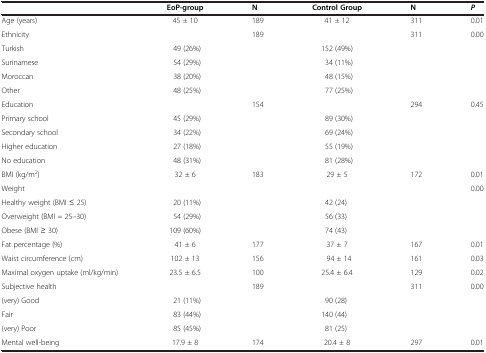
<table><thead><tr><td><b> </b></td><td><b>EoP-group</b></td><td><b>N</b></td><td><b>Control Group</b></td><td><b>N</b></td><td><b><i>P</i></b></td></tr></thead><tbody><tr><td>Age (years)</td><td>45 ± 10</td><td>189</td><td>41 ± 12</td><td>311</td><td>0.01</td></tr><tr><td>Ethnicity</td><td> </td><td>189</td><td> </td><td>311</td><td>0.00</td></tr><tr><td>Turkish</td><td>49 (26%)</td><td> </td><td>152 (49%)</td><td> </td><td> </td></tr><tr><td>Surinamese</td><td>54 (29%)</td><td> </td><td>34 (11%)</td><td> </td><td> </td></tr><tr><td>Moroccan</td><td>38 (20%)</td><td> </td><td>48 (15%)</td><td> </td><td> </td></tr><tr><td>Other</td><td>48 (25%)</td><td> </td><td>77 (25%)</td><td> </td><td> </td></tr><tr><td>Education</td><td> </td><td>154</td><td> </td><td>294</td><td>0.45</td></tr><tr><td>Primary school</td><td>45 (29%)</td><td> </td><td>89 (30%)</td><td> </td><td> </td></tr><tr><td>Secondary school</td><td>34 (22%)</td><td> </td><td>69 (24%)</td><td> </td><td> </td></tr><tr><td>Higher education</td><td>27 (18%)</td><td> </td><td>55 (19%)</td><td> </td><td> </td></tr><tr><td>No education</td><td>48 (31%)</td><td> </td><td>81 (28%)</td><td> </td><td> </td></tr><tr><td>BMI (kg/m<sup>2</sup>)</td><td>32 ± 6</td><td>183</td><td>29 ± 5</td><td>172</td><td>0.01</td></tr><tr><td>Weight</td><td> </td><td> </td><td> </td><td> </td><td>0.00</td></tr><tr><td>Healthy weight (BMI ≤ 25)</td><td>20 (11%)</td><td> </td><td>42 (24)</td><td> </td><td> </td></tr><tr><td>Overweight (BMI = 25–30)</td><td>54 (29%)</td><td> </td><td>56 (33)</td><td> </td><td> </td></tr><tr><td>Obese (BMI ≥ 30)</td><td>109 (60%)</td><td> </td><td>74 (43)</td><td> </td><td> </td></tr><tr><td>Fat percentage (%)</td><td>41 ± 6</td><td>177</td><td>37 ± 7</td><td>167</td><td>0.01</td></tr><tr><td>Waist circumference (cm)</td><td>102 ± 13</td><td>156</td><td>94 ± 14</td><td>161</td><td>0.03</td></tr><tr><td>Maximal oxygen uptake (ml/kg/min)</td><td>23.5 ± 6.5</td><td>100</td><td>25.4 ± 6.4</td><td>129</td><td>0.02</td></tr><tr><td>Subjective health</td><td> </td><td>189</td><td> </td><td>311</td><td>0.00</td></tr><tr><td>(very) Good</td><td>21 (11%)</td><td> </td><td>90 (28)</td><td> </td><td> </td></tr><tr><td>Fair</td><td>83 (44%)</td><td> </td><td>140 (44)</td><td> </td><td> </td></tr><tr><td>(very) Poor</td><td>85 (45%)</td><td> </td><td>81 (25)</td><td> </td><td> </td></tr><tr><td>Mental well-being</td><td>17.9 ± 8</td><td>174</td><td>20.4 ± 8</td><td>297</td><td>0.01</td></tr></tbody></table>